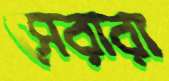
সেরারা